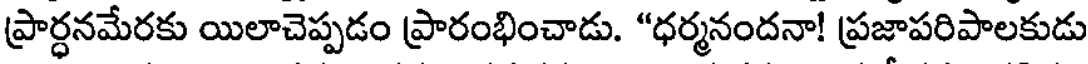
ప్రార్ధనమేరకు యిలాచెప్పడం ప్రారంభించాడు. "ధర్మనందనా! ప్రజాపరిపాలకుడు